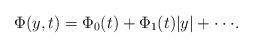
LaTeX: \begin{align*}\Phi(y,t)=\Phi_0(t)+ \Phi_1(t) \vert y \vert + \cdot \cdot \cdot.\end{align*}